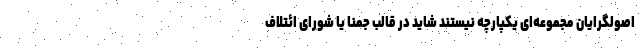
اصولگرایان مجموعه‌ای یکپارچه نیستند شاید در قالب جمنا یا شورای ائتلاف